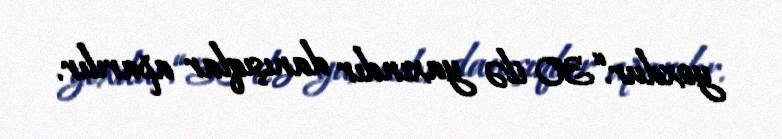
yoxdur.“30 ilə yaxındır danışıqlar aparılır.